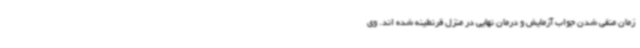
زمان منفی شدن جواب آزمایش و درمان نهایی در منزل قرنطینه شده اند. وی